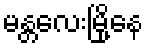
မန္တလေးမြို့နေ